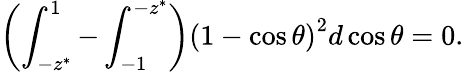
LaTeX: \left(\int_{-z^{*}}^{1}-\int_{-1}^{-z^{*}}\right)\left(1-\cos\theta\right)^{2}d\cos\theta=0.